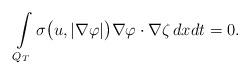
LaTeX: \begin{align*} \int\limits_{Q_T}\sigma\big(u,|\nabla\varphi|\big)\nabla\varphi\cdot\nabla\zeta\,dxdt=0.\end{align*}